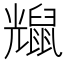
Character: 𪕗